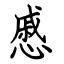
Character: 慼